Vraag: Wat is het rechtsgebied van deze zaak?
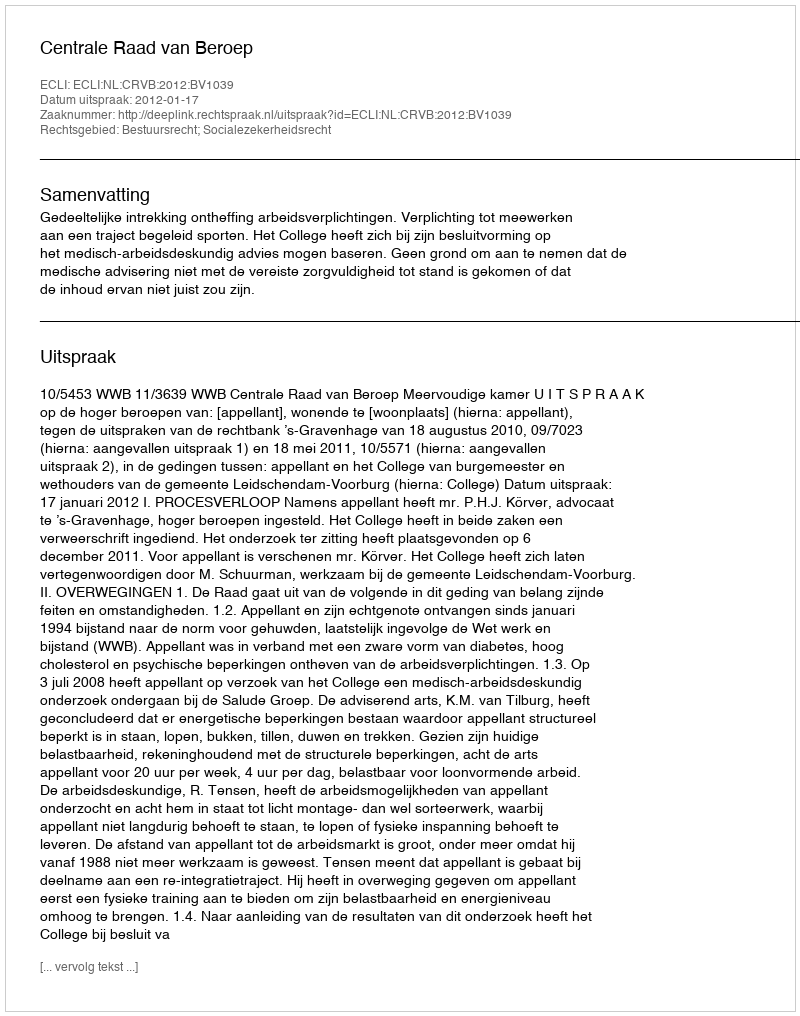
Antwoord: Bestuursrecht; Socialezekerheidsrecht